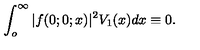
\int _ { o } ^ { \infty } | f ( 0 ; 0 ; x ) | ^ { 2 } V _ { 1 } ( x ) d x \equiv 0 .